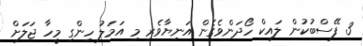
3 ފޭސްބުކުން ލައިކް ހޯދަންވެގެން އަނިޔާވެރި މި އަމަލު ހިންގި މީހާ ޖަލަށް